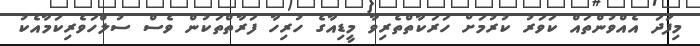
މިފަދަ އެއްވުންތައް ކަވަރު ކުރުމަށް ހަރަކާތްތެރިވާ މީޑިއާގެ ހުރިހާ ފަރާތްތަކުން ވެސް ސުލްހަވެރިކަމާއެކު